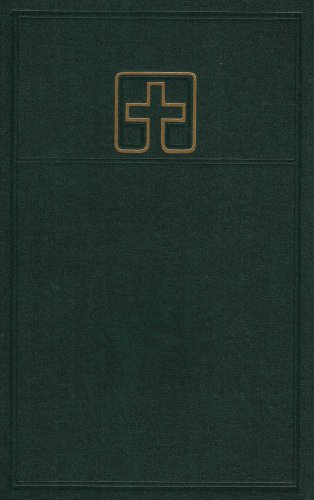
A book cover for Lutheran Book of Worship: Pew Edition; Augsburg Fortress Publishing; Christian Books & Bibles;